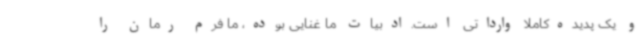
و یک پدیده‌کاملا وارداتی است.ادبیات ما غنایی بوده، ما فرم رمان را